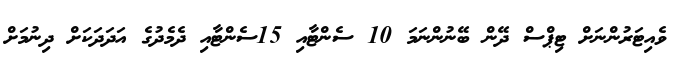
ވެއިޓަރުންނަށް ޓިޕްސް ދޭން ބޭނުންނަމަ 10 ސެންޓާއި 15ސެންޓާއި ދެމެދުގެ އަދަދަކަށް ދިނުމަށް